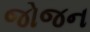
જોજન